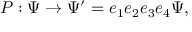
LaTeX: P : \Psi \rightarrow \Psi ^ { \prime } = e _ { 1 } e _ { 2 } e _ { 3 } e _ { 4 } \Psi ,